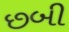
છબી